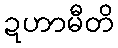
ဍဟာမီတိ